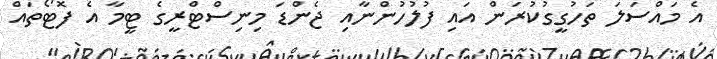
އެ މައްސަލަ ތަހުގީގުކުރަން އައި ފުލުހުންނާއި ޖެންޑަ މިނިސްޓްރީގެ ޓީމާ އެ ފޮޓޯތައް